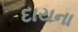
દાયના